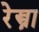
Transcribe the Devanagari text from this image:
रेस्त्रा